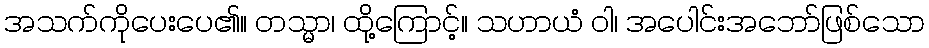
အသက်ကိုပေးပေ၏။ တသ္မာ၊ ထို့ကြောင့်။ သဟာယံ ဝါ၊ အပေါင်းအဘော်ဖြစ်သော